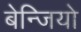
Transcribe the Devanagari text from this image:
बेन्जियो